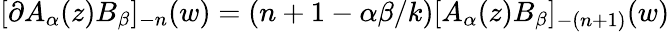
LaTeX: [\partial A_{\alpha}(z)B_{\beta}]_{-n}(w)=(n+1-\alpha\beta/k)[A_{\alpha}(z)B_{\beta}]_{-(n+1)}(w)